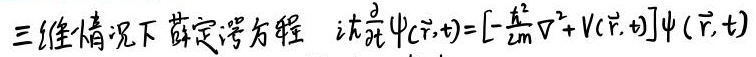
三维情况下薛定谔方程 $i \hbar \frac{\partial}{\partial t} \psi(\vec{r}, t)=[-\frac{\hbar^{2}}{2 m} \nabla^{2}+V(\vec{r}, t)] \psi(\vec{r}, t)$